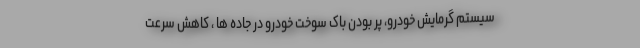
سیستم گرمایش خودرو، پر بودن باک سوخت خودرو در جاده ها ، کاهش سرعت